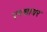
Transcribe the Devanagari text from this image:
एरशायर